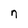
Character: n